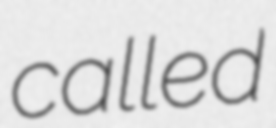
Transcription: called